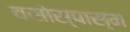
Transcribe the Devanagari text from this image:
वसोस्पास्म